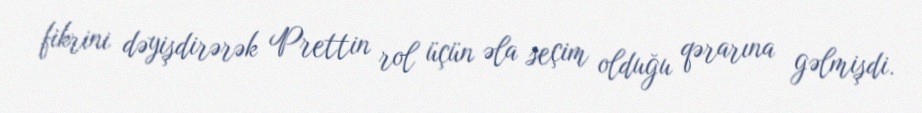
fikrini dəyişdirərək Prettin rol üçün əla seçim olduğu qərarına gəlmişdi.